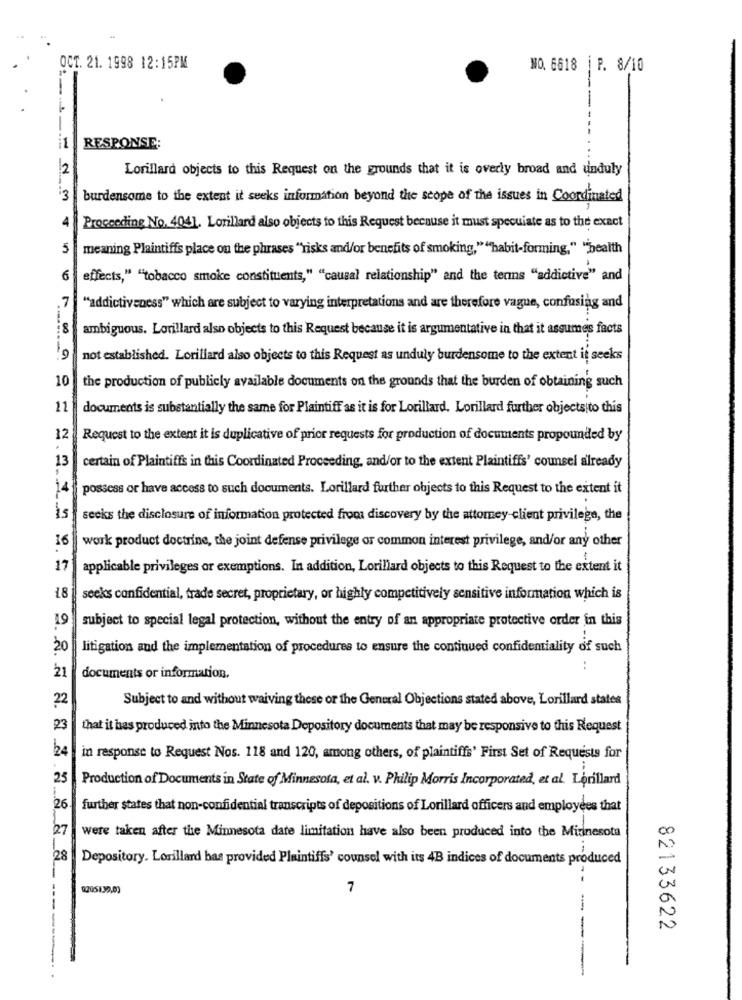
OCT. 21. 1998 12:15PM
NO. 6618 |P. 8/10
-
RESPONSE:
12
Lorillard objects to this Request on the grounds that it is overly broad and unduly
13
burdensome to the extent it seeks information beyond the scope of the issues in Coordinated
Proceeding No. 4041. Lorillard also objects to this Request because it must specuiate as to the exact
5
meaning Plaintiffs place on the phrases "risks and/or benefits of smoking," ""habit-forming," "health
6
effects," ""tobacco smoke constituents," "causal relationship" and the terms "addictive" and
7
"addictiveness" which are subject to varying interpretations and are therefore vague, confusing and
8
ambiguous. Lorillard also objects to this Request because it is argumentative in that it assumes facts
not established. Lorillard also objects to this Request as unduly burdensome to the extent it seeks
10
the production of publicly available documents on the grounds that the burden of obtaining such
11
documents is substantially the same for Plaintiff as it is for Lorillard. Lorillard further objects to this
12
Request to the extent it is duplicative of prior requests for production of documents propounded by
13
certain of Plaintiffs in this Coordinated Proceeding, and/or to the extent Plaintiffs' counsel already
14
possess or have access to such documents. Lorillard further objects to this Request to the extent it
is
seeks the disclosure of information protected from discovery by the attorney-client privilege, the
16
work product doctrine, the joint defense privilege or common interest privilege, and/or any other
17
applicable privileges or exemptions. In addition, Lorillard objects to this Request to the extent it
18
seeks confidential, trade secret, proprietary, or highly competitively sensitive information which is
19
subject to special legal protection, without the entry of an appropriate protective order in this
..
20
litigation and the implementation of procedures to ensure the continued confidentiality of such
..
21
documents or information,
22
Subject to and without waiving these or the General Objections stated above, Lorillard states
23
that it has produced into the Minnesota Depository documents that may be responsive to this Request
24
in response to Request Nos. 118 and 120, among others, of plaintiffs' First Set of Requests for
25
Production of Documents in State of Minnesota, et al. v. Philip Morris Incorporated, et al. Lorillard
26.
further states that non-confidential transcripts of depositions of Lorillard officers and employees that
27
were taken after the Minnesota date limitation have also been produced into the Minnesota
00
--
28
Depository. Lorillard bas provided Plaintiffs' counsel with its 4B indices of documents produced
02051.39,03
7
0
-
82133622
--